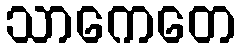
သာကေတေ